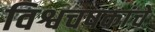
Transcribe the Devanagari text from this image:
विश्वचषकांचे